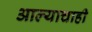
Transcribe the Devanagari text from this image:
आल्याचाही